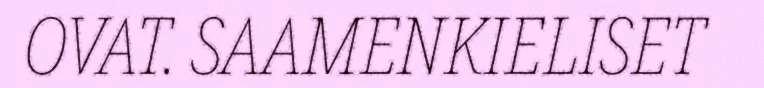
OVAT. SAAMENKIELISET